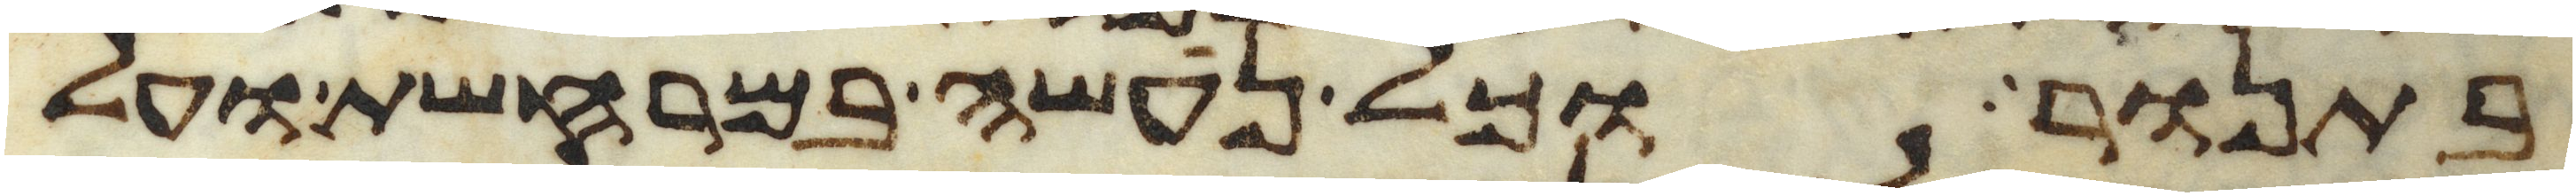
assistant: בתנור וכל נעשה במרחשת ועל